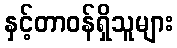
နှင့်တာဝန်ရှိသူများ